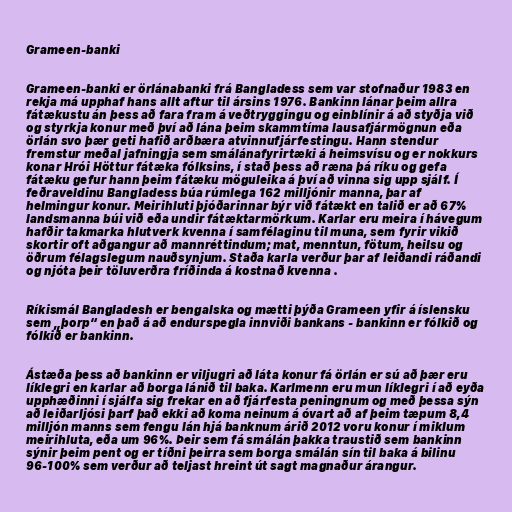
Grameen-banki

Grameen-banki er örlánabanki frá Bangladess sem var stofnaður 1983 en
rekja má upphaf hans allt aftur til ársins 1976. Bankinn lánar þeim allra
fátækustu án þess að fara fram á veðtryggingu og einblínir á að styðja við
og styrkja konur með því að lána þeim skammtíma lausafjármögnun eða
örlán svo þær geti hafið arðbæra atvinnufjárfestingu. Hann stendur
fremstur meðal jafningja sem smálánafyrirtæki á heimsvísu og er nokkurs
konar Hrói Höttur fátæka fólksins, í stað þess að ræna þá ríku og gefa
fátæku gefur hann þeim fátæku möguleika á því að vinna sig upp sjálf. Í
feðraveldinu Bangladess búa rúmlega 162 milljónir manna, þar af
helmingur konur. Meirihluti þjóðarinnar býr við fátækt en talið er að 67%
landsmanna búi við eða undir fátæktarmörkum. Karlar eru meira í hávegum
hafðir takmarka hlutverk kvenna í samfélaginu til muna, sem fyrir vikið
skortir oft aðgangur að mannréttindum; mat, menntun, fötum, heilsu og
öðrum félagslegum nauðsynjum. Staða karla verður þar af leiðandi ráðandi
og njóta þeir töluverðra fríðinda á kostnað kvenna .

Ríkismál Bangladesh er bengalska og mætti þýða Grameen yfir á íslensku
sem „þorp“ en það á að endurspegla innviði bankans - bankinn er fólkið og
fólkið er bankinn.

Ástæða þess að bankinn er viljugri að láta konur fá örlán er sú að þær eru
líklegri en karlar að borga lánið til baka. Karlmenn eru mun líklegri í að eyða
upphæðinni í sjálfa sig frekar en að fjárfesta peningnum og með þessa sýn
að leiðarljósi þarf það ekki að koma neinum á óvart að af þeim tæpum 8,4
milljón manns sem fengu lán hjá banknum árið 2012 voru konur í miklum
meirihluta, eða um 96%. Þeir sem fá smálán þakka traustið sem bankinn
sýnir þeim pent og er tíðni þeirra sem borga smálán sín til baka á bilinu
96-100% sem verður að teljast hreint út sagt magnaður árangur.